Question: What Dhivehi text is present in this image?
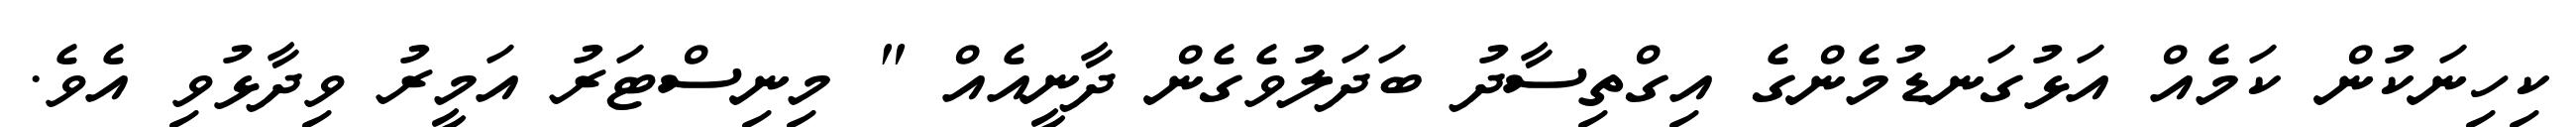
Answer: ކިހިނަކުން ކަމެއް އަޅުގަނޑުމެންގެ އިގްތިސާދު ބަދަލުވެގެން ދާނީއެއް " މިނިސްޓަރު އަމީރު ވިދާޅުވި އެވެ.